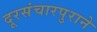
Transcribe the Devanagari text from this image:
दूरसंचारपुराने